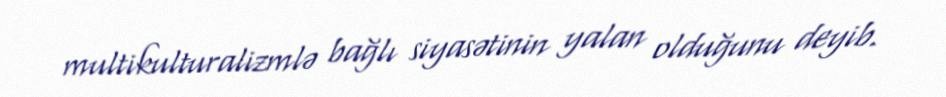
multikulturalizmlə bağlı siyasətinin yalan olduğunu deyib.